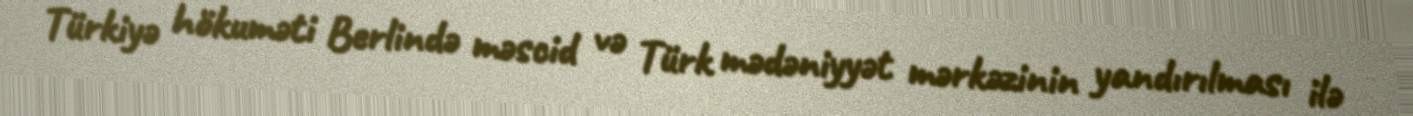
Türkiyə hökuməti Berlində məscid və Türk mədəniyyət mərkəzinin yandırılması ilə